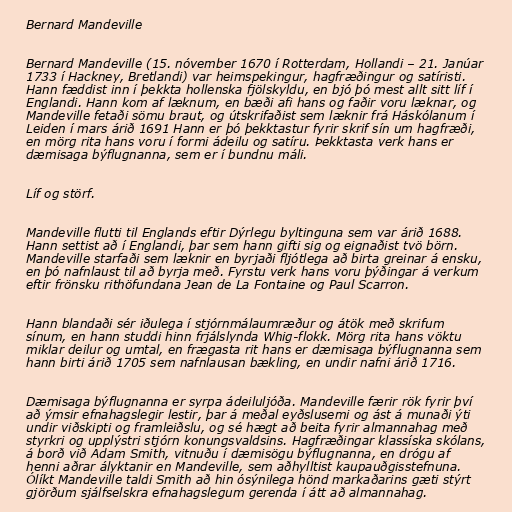
Bernard Mandeville

Bernard Mandeville (15. nóvember 1670 í Rotterdam, Hollandi – 21. Janúar
1733 í Hackney, Bretlandi) var heimspekingur, hagfræðingur og satíristi.
Hann fæddist inn í þekkta hollenska fjölskyldu, en bjó þó mest allt sitt líf í
Englandi. Hann kom af læknum, en bæði afi hans og faðir voru læknar, og
Mandeville fetaði sömu braut, og útskrifaðist sem læknir frá Háskólanum í
Leiden í mars árið 1691 Hann er þó þekktastur fyrir skrif sín um hagfræði,
en mörg rita hans voru í formi ádeilu og satíru. Þekktasta verk hans er
dæmisaga býflugnanna, sem er í bundnu máli.

Líf og störf.

Mandeville flutti til Englands eftir Dýrlegu byltinguna sem var árið 1688.
Hann settist að í Englandi, þar sem hann gifti sig og eignaðist tvö börn.
Mandeville starfaði sem læknir en byrjaði fljótlega að birta greinar á ensku,
en þó nafnlaust til að byrja með. Fyrstu verk hans voru þýðingar á verkum
eftir frönsku rithöfundana Jean de La Fontaine og Paul Scarron.

Hann blandaði sér iðulega í stjórnmálaumræður og átök með skrifum
sínum, en hann studdi hinn frjálslynda Whig-flokk. Mörg rita hans vöktu
miklar deilur og umtal, en frægasta rit hans er dæmisaga býflugnanna sem
hann birti árið 1705 sem nafnlausan bækling, en undir nafni árið 1716.

Dæmisaga býflugnanna er syrpa ádeiluljóða. Mandeville færir rök fyrir því
að ýmsir efnahagslegir lestir, þar á meðal eyðslusemi og ást á munaði ýti
undir viðskipti og framleiðslu, og sé hægt að beita fyrir almannahag með
styrkri og upplýstri stjórn konungsvaldsins. Hagfræðingar klassíska skólans,
á borð við Adam Smith, vitnuðu í dæmisögu býflugnanna, en drógu af
henni aðrar ályktanir en Mandeville, sem aðhylltist kaupauðgisstefnuna.
Ólíkt Mandeville taldi Smith að hin ósýnilega hönd markaðarins gæti stýrt
gjörðum sjálfselskra efnahagslegum gerenda í átt að almannahag.